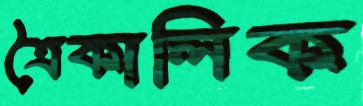
ত্রৈকালিক